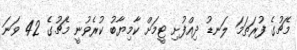
މެޗުގެ ފުރަތަމަ ލަނޑު ދިއްފުށި ޓީމަށް ކާމިޔާބު ކުރެވުނީ މެޗުގެ 42 ވަނަ